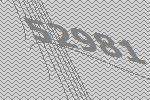
52981